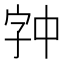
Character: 𫡉